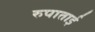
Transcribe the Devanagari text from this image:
रुपाताई